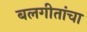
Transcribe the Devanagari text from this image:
बलगीतांचा